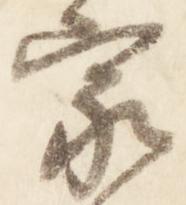
家